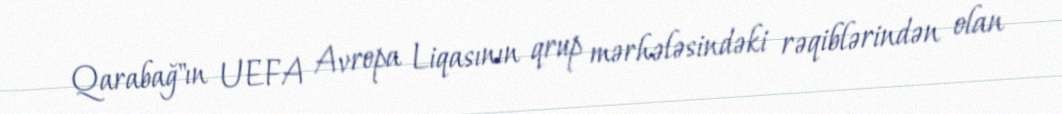
Qarabağ"ın UEFA Avropa Liqasının qrup mərhələsindəki rəqiblərindən olan